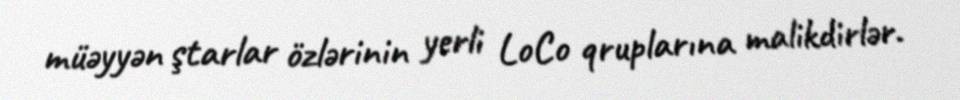
müəyyən ştarlar özlərinin yerli LoCo qruplarına malikdirlər.